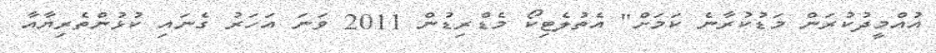
އުއްމީދުކުރަން މަޑުކުރާނެ ކަމަށް" އެތުލެޓިކޯ މެޑްރިޑުން 2011 ވަނަ އަހަރު ގެނައި ކުޅުންތެރިޔާއާ